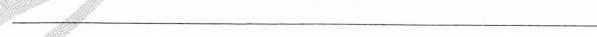
——————————————————————————————————